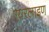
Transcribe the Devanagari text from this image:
एयरलाइण